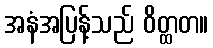
အနံအပြန့်သည် ဝိတ္ထတ။